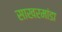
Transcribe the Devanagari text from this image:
साखरमांडा